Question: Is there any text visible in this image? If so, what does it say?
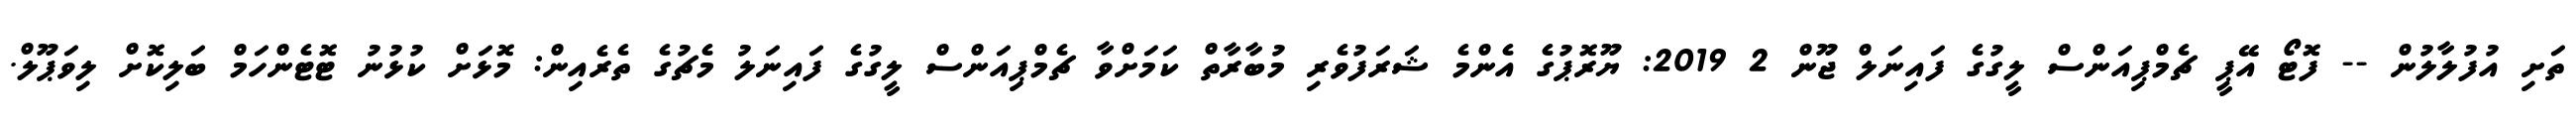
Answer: ތަށި އުފުލާލުން -- ފޮޓޯ އޭޕީ ޗެމްޕިއަންސް ލީގުގެ ފައިނަލް ޖޫން 2 2019: ޔޫރޮޕުގެ އެންމެ ޝަރަފުވެރި މުބާރާތް ކަމަށްވާ ޗެމްޕިއަންސް ލީގުގެ ފައިނަލު މެޗުގެ ތެރެއިން: މޮޅަށް ކުޅުނު ޓޮޓެންހަމް ބަލިކޮށް ލިވަޕޫލް.